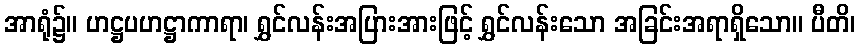
အာရုံ၌။ ဟဋ္ဌပဟဋ္ဌာကာရာ၊ ရွှင်လန်းအပြားအားဖြင့် ရွှင်လန်းသော အခြင်းအရာရှိသော။ ပီတိ၊